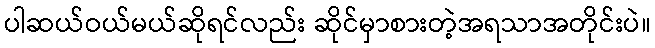
ပါဆယ်ဝယ်မယ်ဆိုရင်လည်း ဆိုင်မှာစားတဲ့အရသာအတိုင်းပဲ။